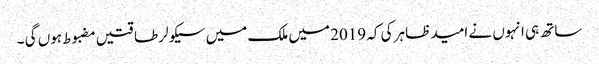
ساتھ ہی انہوں نے امید ظاہر کی کہ 2019 میں ملک میں سیکولر طاقتیں مضبوط ہوں گی ۔